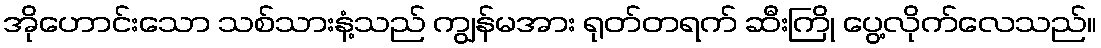
အိုဟောင်းသော သစ်သားနံ့သည် ကျွန်မအား ရုတ်တရက် ဆီးကြို ပွေ့လိုက်လေသည်။